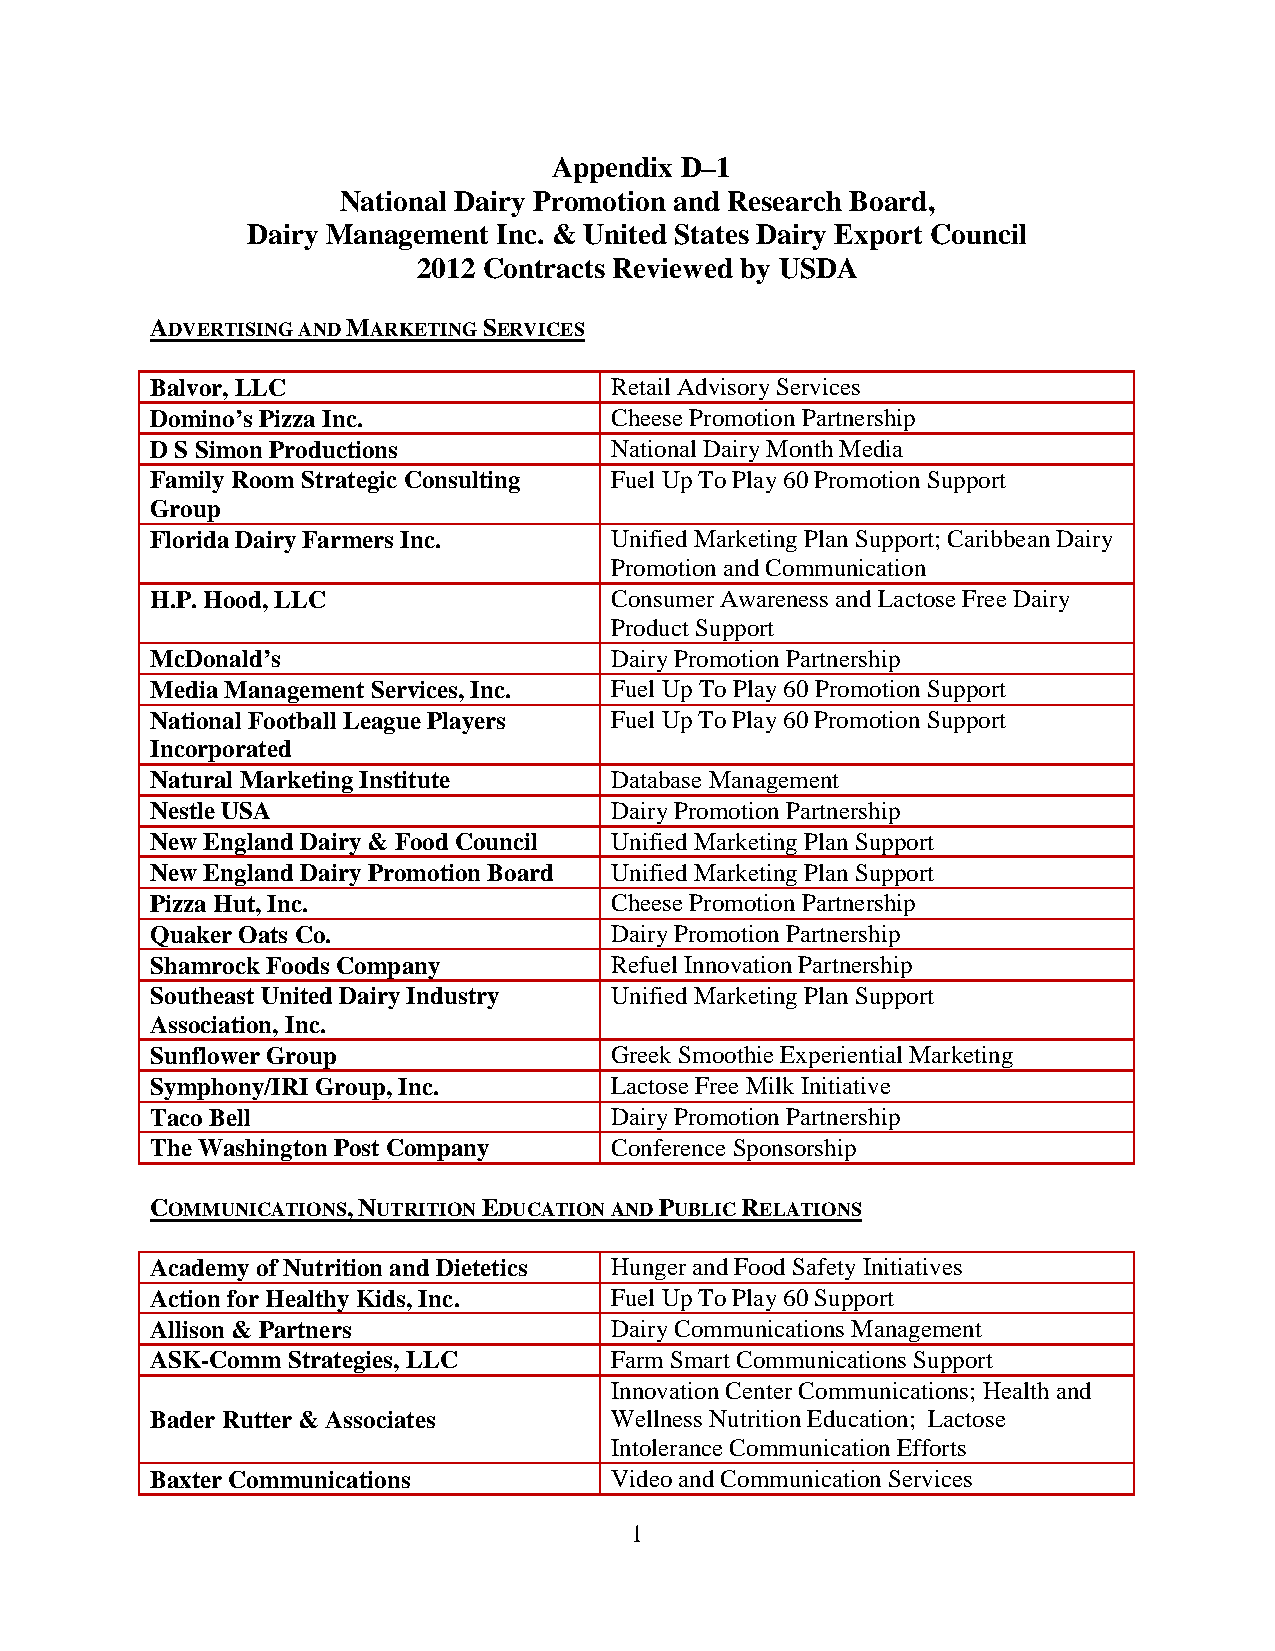
Appendix D–1
 National Dairy Promotion and Research Board,
 Dairy Management Inc. & United States Dairy Export Council
 2012 Contracts Reviewed by USDA
 ADVERTISING AND MARKETING SERVICES
 Balvor, LLC                   Retail Advisory Services
 Domino’s Pizza Inc.           Cheese Promotion Partnership
 D S Simon Productions         National Dairy Month Media
 Family Room Strategic Consulting Fuel Up To Play 60 Promotion Support
 Group
 Florida Dairy Farmers Inc.    Unified Marketing Plan Support; Caribbean Dairy
 Promotion and Communication
 H.P. Hood, LLC                Consumer Awareness and Lactose Free Dairy
 Product Support
 McDonald’s                    Dairy Promotion Partnership
 Media Management Services, Inc. Fuel Up To Play 60 Promotion Support
 National Football League Players Fuel Up To Play 60 Promotion Support
 Incorporated
 Natural Marketing Institute   Database Management
 Nestle USA                    Dairy Promotion Partnership
 New England Dairy & Food Council Unified Marketing Plan Support
 New England Dairy Promotion Board Unified Marketing Plan Support
 Pizza Hut, Inc.               Cheese Promotion Partnership
 Quaker Oats Co.               Dairy Promotion Partnership
 Shamrock Foods Company        Refuel Innovation Partnership
 Southeast United Dairy Industry Unified Marketing Plan Support
 Association, Inc.
 Sunflower Group               Greek Smoothie Experiential Marketing
 Symphony/IRI Group, Inc.      Lactose Free Milk Initiative
 Taco Bell                     Dairy Promotion Partnership
 The Washington Post Company   Conference Sponsorship
 COMMUNICATIONS, NUTRITION EDUCATION AND PUBLIC RELATIONS
 Academy of Nutrition and Dietetics Hunger and Food Safety Initiatives
 Action for Healthy Kids, Inc. Fuel Up To Play 60 Support
 Allison & Partners            Dairy Communications Management
 ASK-Comm Strategies, LLC      Farm Smart Communications Support
 Innovation Center Communications; Health and
 Bader Rutter & Associates     Wellness Nutrition Education; Lactose
 Intolerance Communication Efforts
 Baxter Communications         Video and Communication Services
 1